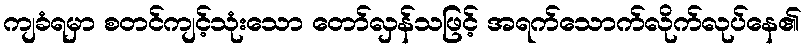
ကျခံရမှာ စတင်ကျင့်သုံးသော တော်လှန်သဖြင့် အရက်သောက်လိုက်လုပ်နေ၏